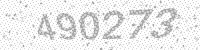
Solution: 490273